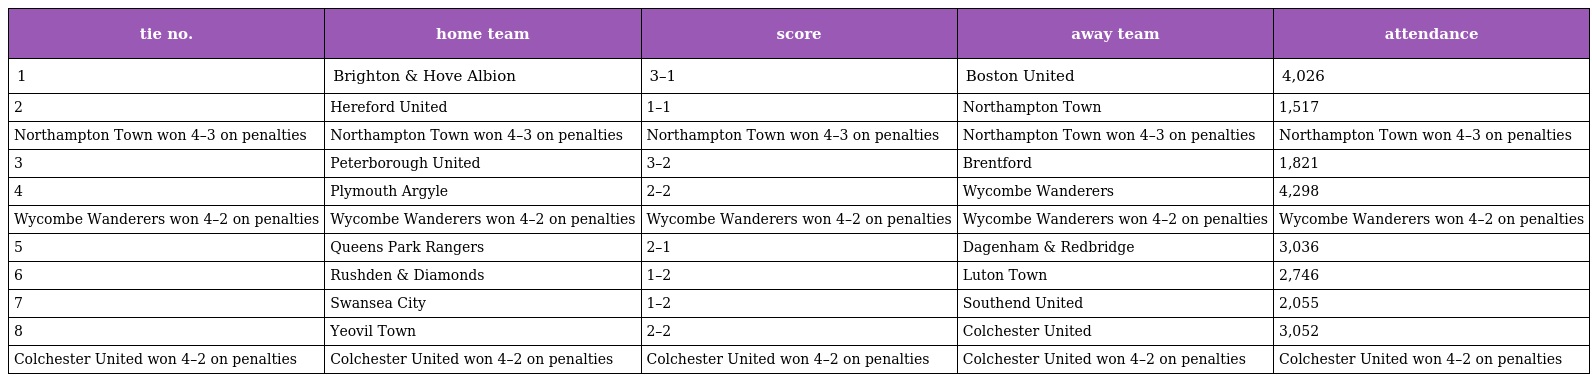
| tie no. | home team | score | away team | attendance |
 | --- | --- | --- | --- | --- |
 | 1 | Brighton & Hove Albion | 3–1 | Boston United | 4,026 |
 | 2 | Hereford United | 1–1 | Northampton Town | 1,517 |
 | Northampton Town won 4–3 on penalties | Northampton Town won 4–3 on penalties | Northampton Town won 4–3 on penalties | Northampton Town won 4–3 on penalties | Northampton Town won 4–3 on penalties |
 | 3 | Peterborough United | 3–2 | Brentford | 1,821 |
 | 4 | Plymouth Argyle | 2–2 | Wycombe Wanderers | 4,298 |
 | Wycombe Wanderers won 4–2 on penalties | Wycombe Wanderers won 4–2 on penalties | Wycombe Wanderers won 4–2 on penalties | Wycombe Wanderers won 4–2 on penalties | Wycombe Wanderers won 4–2 on penalties |
 | 5 | Queens Park Rangers | 2–1 | Dagenham & Redbridge | 3,036 |
 | 6 | Rushden & Diamonds | 1–2 | Luton Town | 2,746 |
 | 7 | Swansea City | 1–2 | Southend United | 2,055 |
 | 8 | Yeovil Town | 2–2 | Colchester United | 3,052 |
 | Colchester United won 4–2 on penalties | Colchester United won 4–2 on penalties | Colchester United won 4–2 on penalties | Colchester United won 4–2 on penalties | Colchester United won 4–2 on penalties |